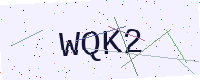
Text: WQK2